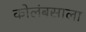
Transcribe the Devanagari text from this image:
कोलंबसाला